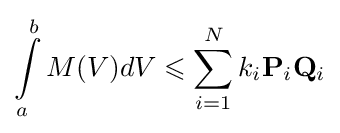
\int \limits _{a}^{b}M(V)dV\leqslant \sum \limits _{i=1}^{N}{k_{i}\mathbf {P} _{i}\mathbf {Q} _{i}}